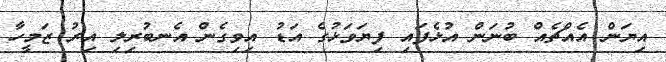
އިޔަން އެއްޗެއް ބުނަން އުޅެފައި ފިޔަވަޅުގެ އަޑު އިވިގެން އެނބުރިލި އިރު ޒަމީހާ